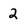
Character: 2